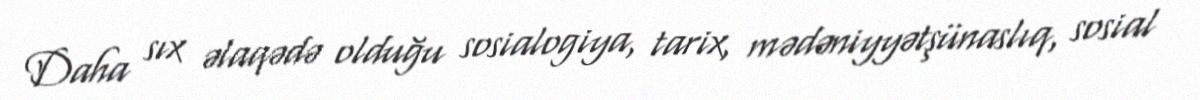
Daha sıx əlaqədə olduğu sosialogiya, tarix, mədəniyyətşünaslıq, sosial